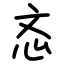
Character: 忞